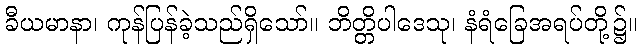
ခီယမာနာ၊ ကုန်ပြန်ခဲ့သည်ရှိသော်။ ဘိတ္တိပါဒေသု၊ နံရံခြေအရပ်တို့၌။